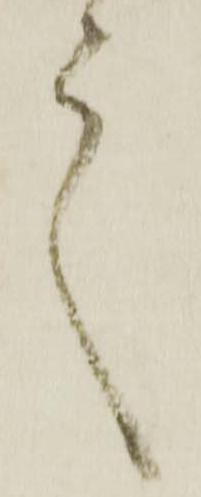
言